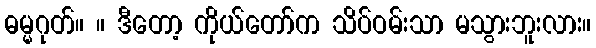
ဓမ္မဂုတ်။ ။ ဒီတော့ ကိုယ်တော်က သိပ်ဝမ်းသာ မသွားဘူးလား။